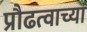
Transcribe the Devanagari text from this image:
प्रौढत्वाच्या